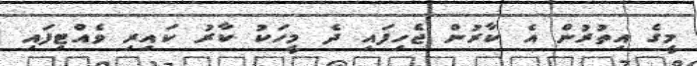
މީގެ އިތުރުން އެ ކާރުން ޖެހިފައި ދެ މީހަކު ކާރު ކައިރި ވެއްޓިފައި